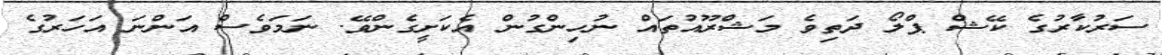
ސަރުކާރުގެ ކޭޝް ޕްލޯ ދަތިވެ މަޝްރޫއުތައް ނުހިންގުން އެކަށީގެންވޭ. ނަމަވެސް އަންނަ އަހަރުގެ